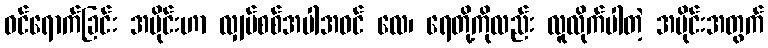
ဝင်ရောက်ခြင်း အပိုင်းဟာ လျှပ်စစ်အပါအဝင် လေ၊ ရေတို့ကိုလည်း လူလိုက်ပါတဲ့ အပိုင်းအတွက်